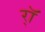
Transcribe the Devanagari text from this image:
र्‍ाॅ